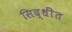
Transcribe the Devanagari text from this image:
सिद्धींत